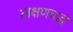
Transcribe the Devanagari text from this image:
लक्षणवद्ध